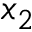
x _ { 2 }